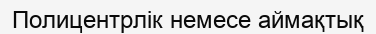
Полицентрлік немесе аймақтық